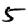
Digit: 5